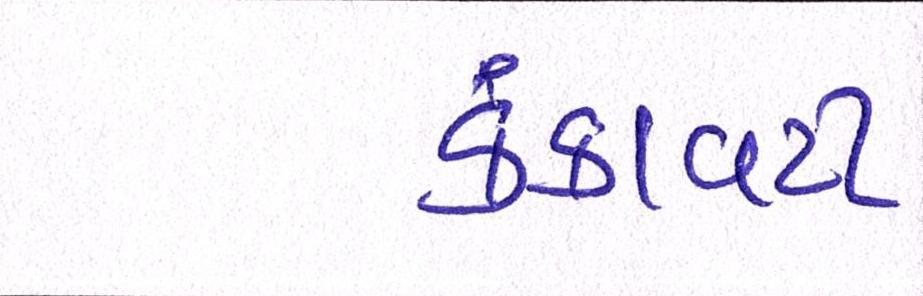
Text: કંકાવટી